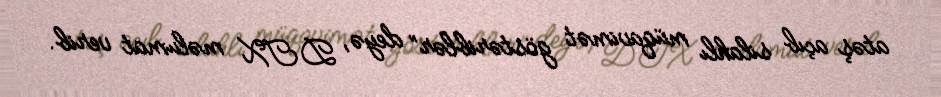
atəş açıb silahlı müqavimət göstəriblər” deyə, DTX məlumat verib.